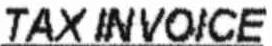
TAX INVOICE